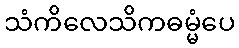
သံကိလေသိကဓမ္မံပေ